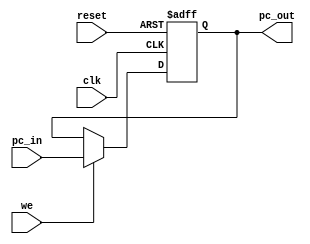
module PC (
    input wire clk,
    input wire we,
    input wire[31:0] pc_in,
    input wire reset,

    output reg[31:0] pc_out
);
    
    always @(posedge clk or posedge reset) begin
        if (reset) begin
            pc_out <= 32'h00400000;
        end
        else if (we) begin
            pc_out <= pc_in;
        end
    end
endmodule